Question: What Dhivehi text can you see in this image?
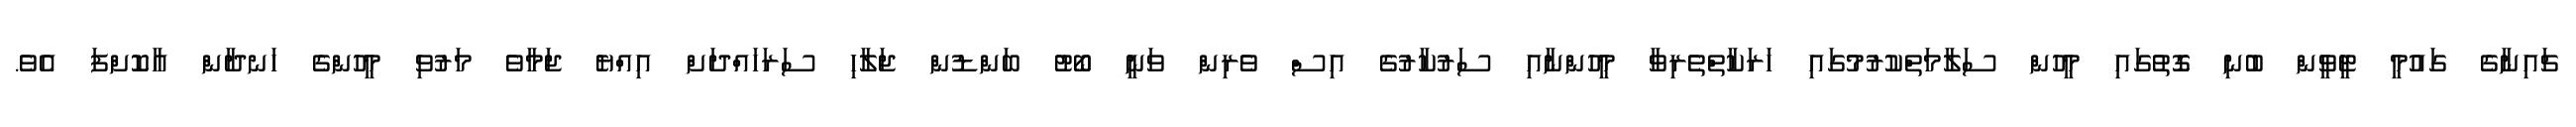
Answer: ޗައިނާގެ ގައުމީ ޓީވީން ބުނި ގޮތުގައި މީހުން ސަލާމަތްކުރުމުގައި ހަރަކާތްތެރިވާ މީހުންނާއި ސަރުކާރުގެ އިސް ވެރިން ވަނީ ބޯޓު ބަންޑުން ޖަލާހި ސަރަހައްދަށް އިއްޔެ ޖަމާވެ މަރުވި މީހުންގެ ހަނދާން އާކޮށްފަ އެވެ.